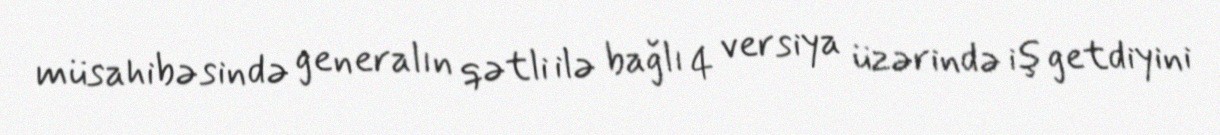
müsahibəsində generalın qətli ilə bağlı 4 versiya üzərində iş getdiyini